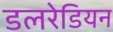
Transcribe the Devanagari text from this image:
डलरेडियन